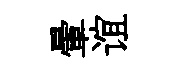
暈谊